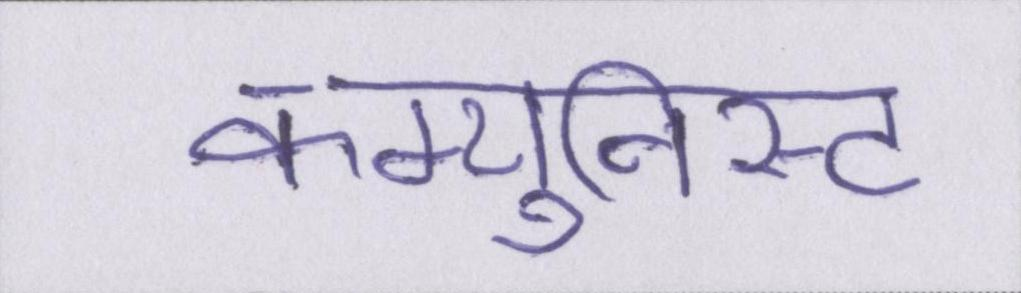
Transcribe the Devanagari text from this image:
कम्युनिस्ट